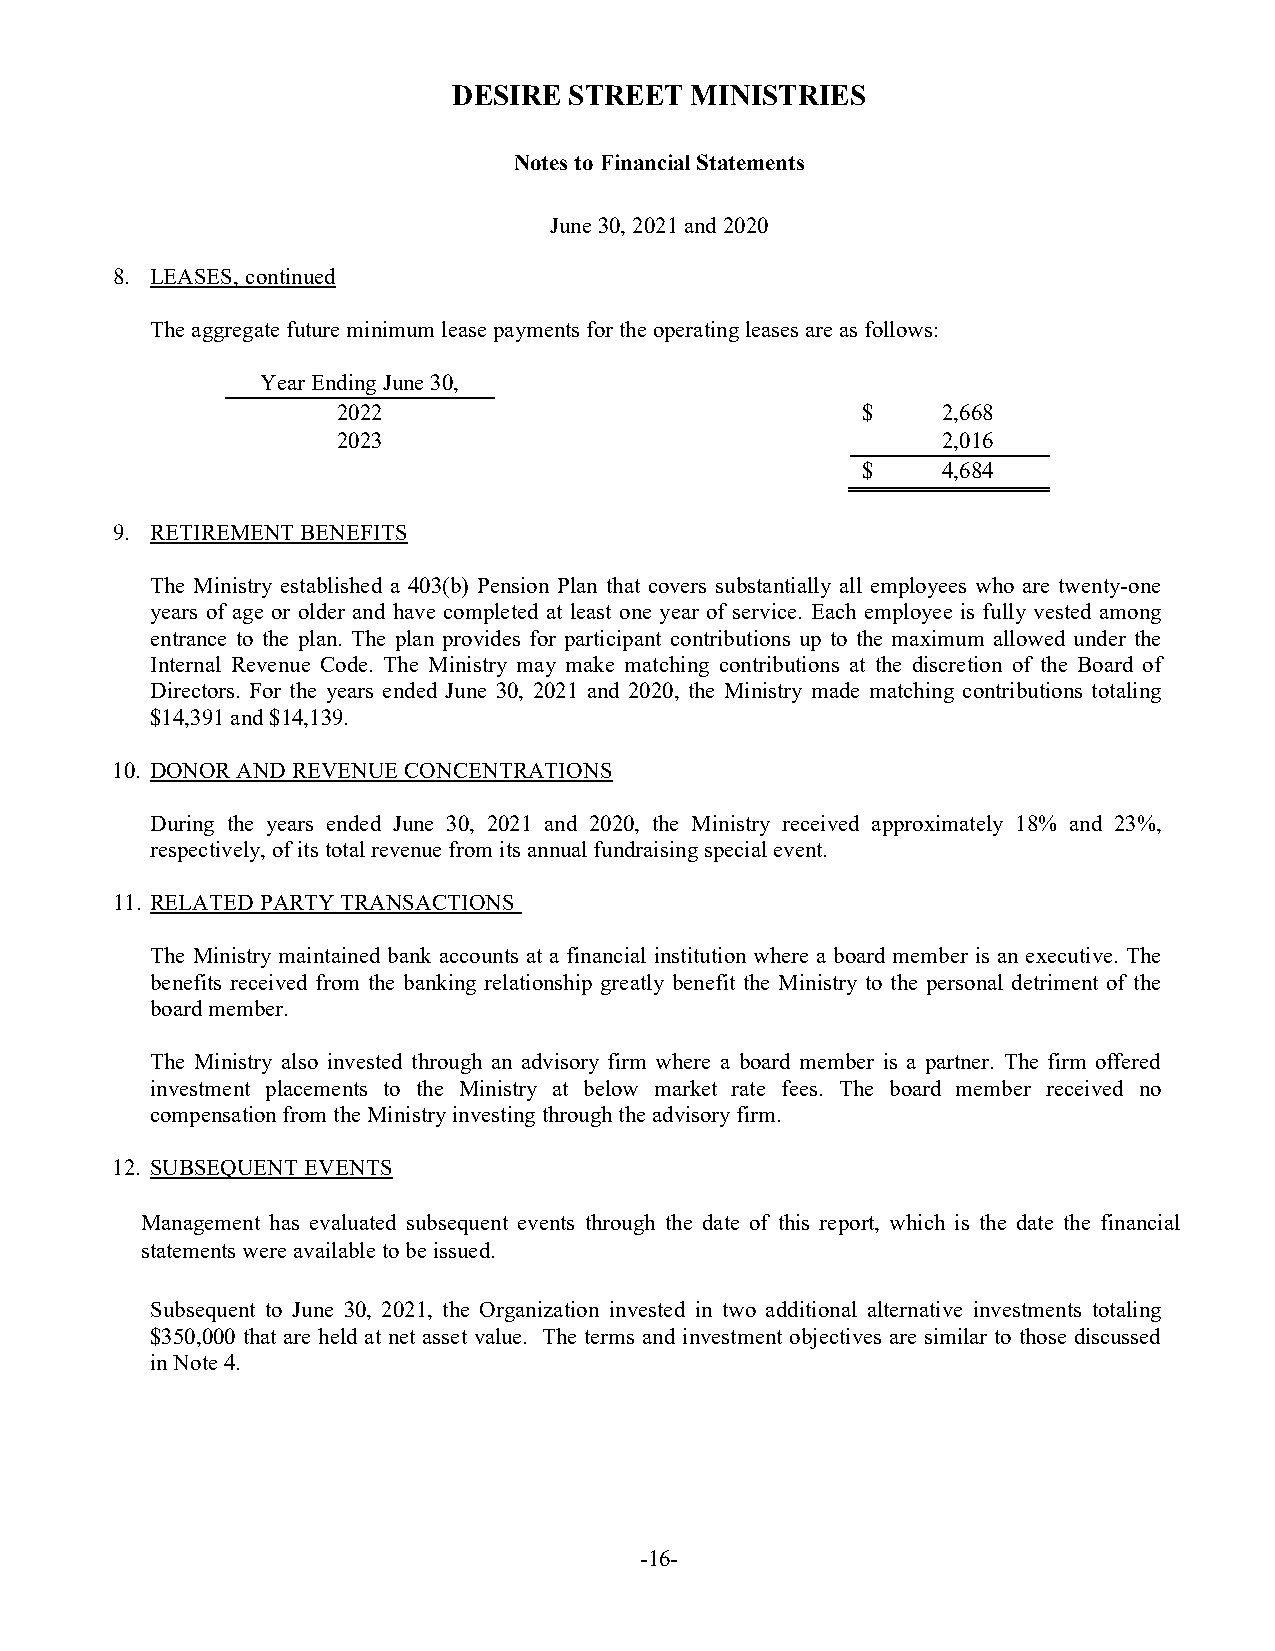
DESIRE  STREET  MINISTRIES
 Notes to Financial Statements
 June 30, 2021 and 2020
 8. LEASES, continued
 The aggregate future minimum lease payments for the operating leases are as follows:
 Year Ending June 30,
 2022                               $    2,668
 2023                                    2,016
 $    4,684
 9. RETIREMENT BENEFITS
 The Ministry established a 403(b) Pension Plan that covers substantially all employees who are twenty-one
 years of age or older and have completed at least one year of service. Each employee is fully vested among
 entrance to the plan. The plan provides for participant contributions up to the maximum allowed under the
 Internal Revenue Code. The Ministry may make matching contributions at the discretion of the Board of
 Directors. For the years ended June 30, 2021 and 2020, the Ministry made matching contributions totaling
 $14,391 and $14,139.
 10. DONOR AND REVENUE CONCENTRATIONS
 During the years ended June 30, 2021 and 2020, the Ministry received approximately 18% and 23%,
 respectively, of its total revenue from its annual fundraising special event.
 11. RELATED PARTY TRANSACTIONS
 The Ministry maintained bank accounts at a financial institution where a board member is an executive. The
 benefits received from the banking relationship greatly benefit the Ministry to the personal detriment of the
 board member.
 The Ministry also invested through an advisory firm where a board member is a partner. The firm offered
 investment placements to the Ministry at below market rate fees. The board member received no
 compensation from the Ministry investing through the advisory firm.
 12. SUBSEQUENT EVENTS
 Management has evaluated subsequent events through the date of this report, which is the date the financial
 statements were available to be issued.
 Subsequent to June 30, 2021, the Organization invested in two additional alternative investments totaling
 $350,000 that are held at net asset value. The terms and investment objectives are similar to those discussed
 in Note 4.
 -16-